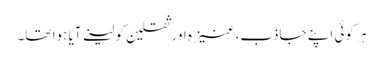
ہر کوئی اپنے جاذب، عنیزہ اور ثقلین کو لینے آیا ہوا تھا۔